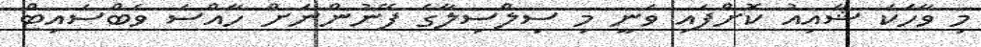
މި ވާހަކަ ޝާއިއު ކޮށްފައި ވަނީ މި ސިލްސިލާގެ ފޭނުންނަށް ހާއްސަ ވެބްސައިޓް